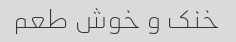
خنک و خوش طعم